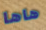
هاها